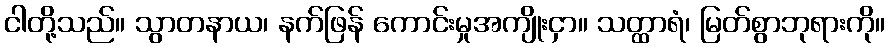
ငါတို့သည်။ သွာတနာယ၊ နက်ဖြန် ကောင်းမှုအကျိုးငှာ။ သတ္ထာရံ၊ မြတ်စွာဘုရားကို။